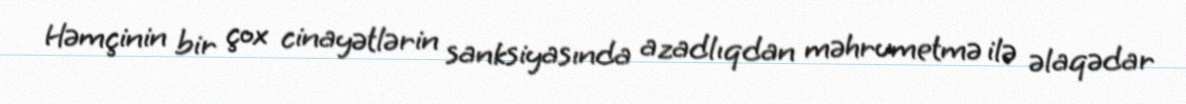
Həmçinin bir çox cinayətlərin sanksiyasında azadlıqdan məhrumetmə ilə əlaqədar